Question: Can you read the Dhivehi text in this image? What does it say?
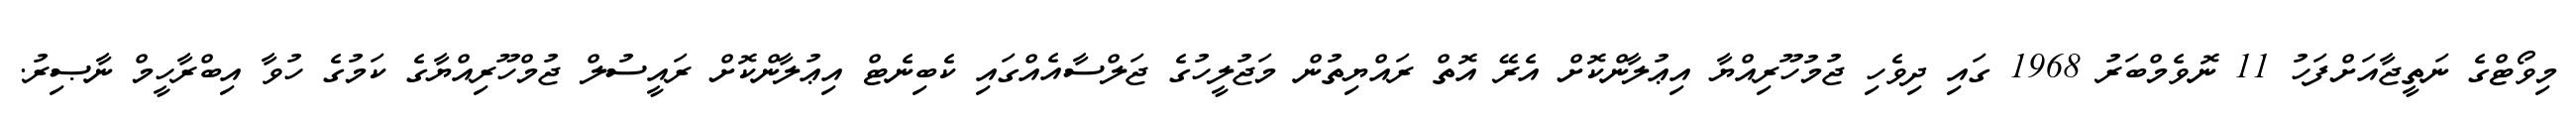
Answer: މިވޯޓްގެ ނަތީޖާއަށްފަހު 11 ނޮވެމްބަރު 1968 ގައި ދިވެހި ޖުމުހޫރިއްޔާ އިޢުލާންކޮށް އެރޭ އޮތް ރައްޔިތުން މަޖުލީހުގެ ޖަލްސާއެއްގައި ކެބިނެޓް އިޢުލާންކޮށް ރައީސުލް ޖުމްހޫރިއްޔާގެ ކަމުގެ ހުވާ އިބްރާހީމް ނާޞިރު.